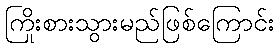
ကြိုးစားသွားမည်ဖြစ်ကြောင်း